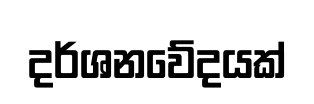
දර්ශනවේදයක්